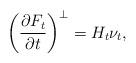
LaTeX: \begin{align*}\left(\frac{\partial F_t}{\partial t}\right)^\perp = H_t \nu_t,\end{align*}